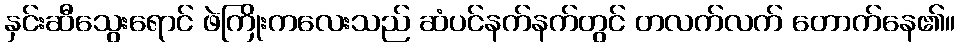
နှင်းဆီသွေးရောင် ဖဲကြိုးကလေးသည် ဆံပင်နက်နက်တွင် တလက်လက် တောက်နေ၏။